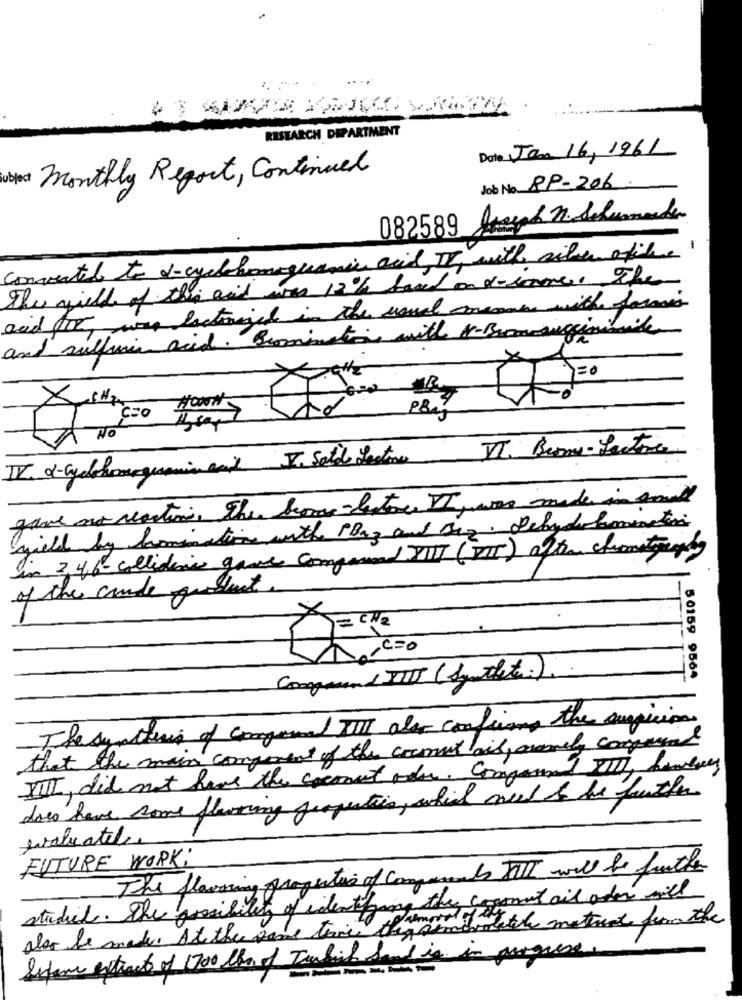
RESEARCH DEPARTMENT
Date Jan 16, 1961
bject monthly Report, Continued
Job No RP-206.
Joseph n. Schumacher
082589
connected to a-cyclebomaguamic acid, IV, with silver afile
The wild of the and was 12% band on t-immer. The
acid Por, was factorined in the usual memmen with former
and sulfuric acid. Bromination with K-Bromesugisimile
To
X-IHR
HOWN
C=O
No
VI. Brome- Factor
IV. - Gyelhomageamin emil J. Solo Lestone
gave and reaction, The brave lestore VI, was made in smal
wield by bomination with PBa3 and Bez. Dehydrlamentin
in 3,4,6- collideres gave compared VIII (VII) ofthe chiamatoonly
of the coude quesheet.
= CH2
C=O
Comprend IIII (Synthet.) .
50159 9564
The synthesis of compunad III als confirming the suspicion
that the main component of the comet aid, amely compren
VIII, did not have the coconut oder. Company VIII, hombres
does have some flavoring properties, which need to be further
evaluatil
FUTURE WORK:
The flowaring properties of components TIL will be father
studiel. The possibility of identifying the coconut oil oder will
also be made. At the same time they arrivolatch matural for the
Sejam extract of 1700 thor of Iwhich Sand is